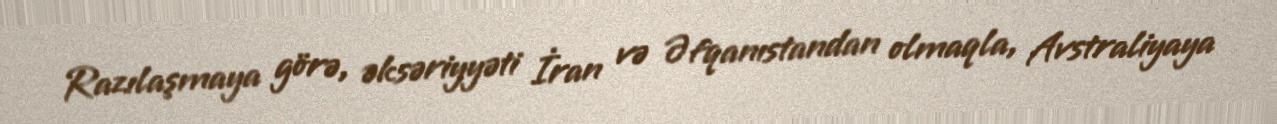
Razılaşmaya görə, əksəriyyəti İran və Əfqanıstandan olmaqla, Avstraliyaya